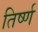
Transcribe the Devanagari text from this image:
तिर्ष्ण